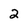
Character: 2